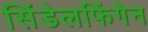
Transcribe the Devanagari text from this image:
सिंडेलफिंगेन